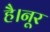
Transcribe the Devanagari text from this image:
है।नूर